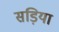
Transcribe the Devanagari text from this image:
सड़िया